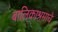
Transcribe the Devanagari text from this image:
बालिकाश्रमाचे